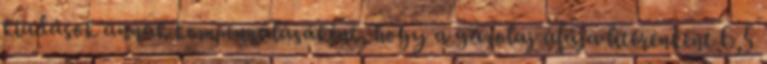
kiadások annak kompenzálásaként, hogy a gázolaj áfája literenként 6,5